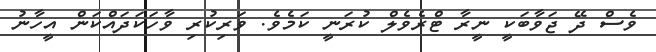
ވެސް ދޭ ޖަވާބަކީ ނީރާ ޓްރެވެލް ކުރަނީ ކަމެވެ. ވަރިކުރި ވާހަކަދައްކަން އީހާނު